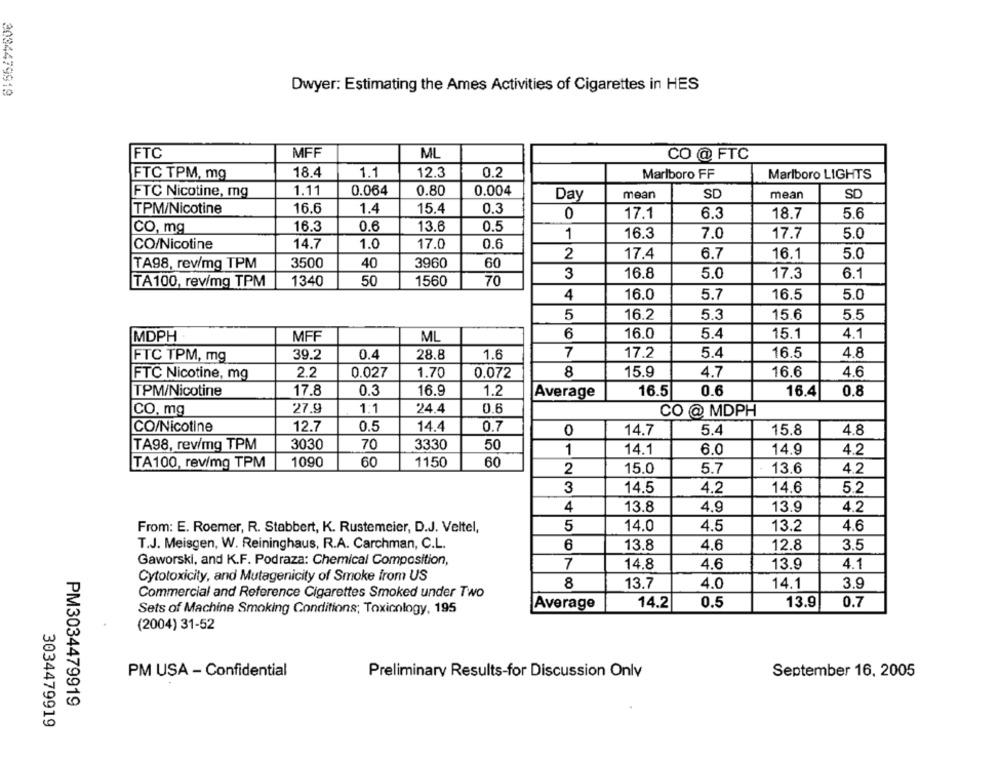
3034479919
Dwyer: Estimating the Ames Activities of Cigarettes in HES
MFF
FTC
ML
CO @ FTC
FTC TPM, mg
18.4
1.1
12.3
0.2
Marlboro FF
Marlboro LIGHTS
0.064
0.80
FTC Nicotine, mg
1.11
0.004
Day
mean
SD
mean
SD
TPM/Nicotine
16.6
1.4
15.4
0.3
0
5.6
17.1
6.3
18.7
CO, mg
16.3
0.6
13.6
0.5
1
16.3
7.0
17.7
5.0
1.0
0.6
CO/Nicotine
14.7
17.0
2
17.4
6.7
16.1
5.0
TA98, rev/mg TPM
3500
40
3960
60
3
5.0
17.3
6.1
1340
50
16.8
TA100, rev/mg TPM
1560
70
4
16.0
5.7
16.5
5.0
5
16.2
5.3
15.6
5.5
6
16.0
5.4
15.1
4.1
MDPH
MFF
ML
FTC TPM, mg
39.2
0.4
28.8
1.6
7
17.2
5.4
16.5
4.8
2.2
0.027
1.70
0.072
8
15.9
4.7
16.6
4.6
FTC Nicotine, mg
TPM/Nicotine
17.8
0.3
16.9
1.2
Average
16.5
0.6
16.4
0.8
CO, mg
27.9
1:1
24.4
0.6
CO @ MDPH
14.4
CO/Nicotine
12.7
0.5
0.7
0
14.7
5.4
15.8
4.8
TA98, rev/mg TPM
3030
70
3330
50
14.1
14.9
4.2
1
6.0
TA100, rev/mg TPM
1090
60
1150
60
2
15.0
5.7
13,6
4.2
5.2
3
14.5
4.2
14.6
4
13.8
4.9
13.9
4.2
4.6
From: E. Roemer, R. Stabbert, K. Rustemeier, D.J. Veltel,
5
14.0
4.5
13.2
T.J. Meisgen, W. Reininghaus, R.A. Carchman, C.L.
6
13.8
4.6
12.8
3.5
Gaworski, and K.F. Podraza: Chemical Composition,
14.8
4.1
7
4.6
13.9
Cytotoxicity, and Mutagenicity of Smoke from US
8
13.7
4.0
14.1
3.9
Commercial and Reference Cigarettes Smoked under Two
Average
14.2
0.5
13.9
0.7
Sets of Machine Smoking Conditions; Toxicology, 195
(2004) 31-52
PM USA - Confidential
Preliminary Results-for Discussion Onlv
September 16, 2005
PM3034479919
3034479919